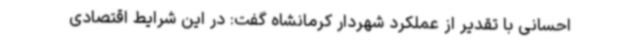
احسانی با تقدیر از عملکرد شهردار کرمانشاه گفت: در این شرایط اقتصادی